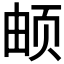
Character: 𬱖